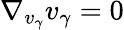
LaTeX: \nabla_{v_{\gamma}}v_{\gamma}=0